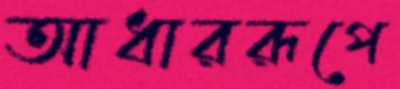
আধাররূপে